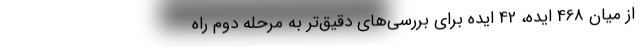
از میان 468 ایده، 42 ایده برای بررسی‌های دقیق‌تر به مرحله دوم راه